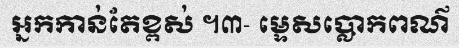
អ្នកកាន់តែខ្ពស់ ។៣- ម្ទេសប្លោកពណ៌